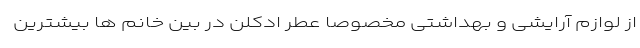
از لوازم آرایشی و بهداشتی مخصوصا عطر ادکلن در بین خانم ها بیشترین